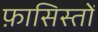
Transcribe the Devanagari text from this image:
फ़ासिस्तों